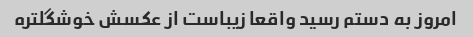
امروز به دستم رسید واقعا زیباست از عکسش خوشگلتره